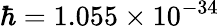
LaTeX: \hbar=1.055\times 10^{-34}